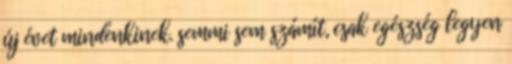
új évet mindenkinek. semmi sem számít, csak egészség legyen